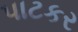
પાટકર